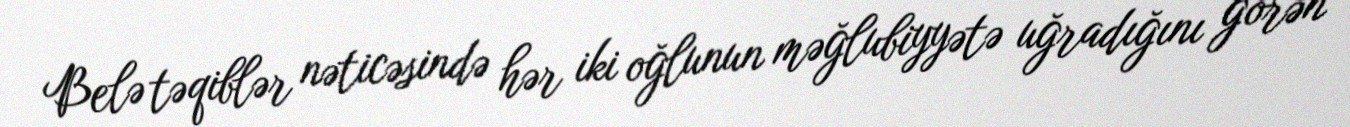
Belə təqiblər nəticəsində hər iki oğlunun məğlubiyyətə uğradığını görən